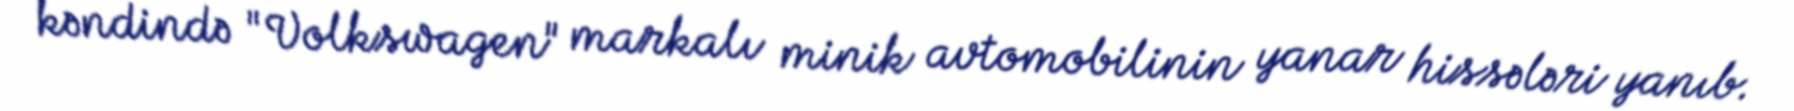
kəndində "Volkswagen" markalı minik avtomobilinin yanar hissələri yanıb.